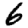
Digit: 6